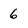
Character: 6